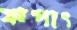
ঝপাৎ